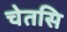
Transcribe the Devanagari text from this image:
चेतसि